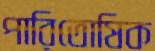
পারিতোষিক